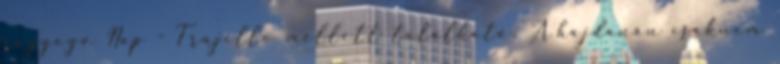
ragyogó Nap - Trujillo mellett található. A hajdanán csaknem